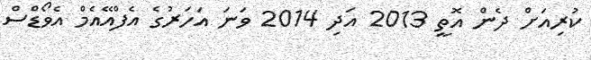
ކުރިއަށް ދެން އޮތީ 2013 އަދި 2014 ވަނަ އަހަރުގެ އެފްްއޭއެމް އެވޯޑްސް